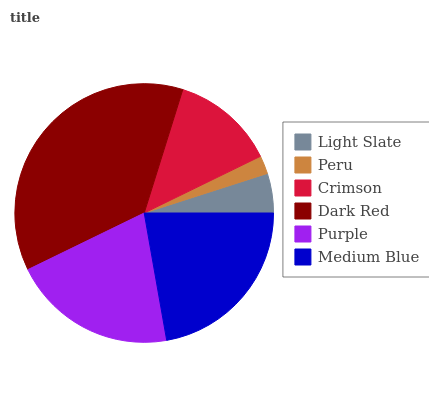
| Light Slate | Peru | Crimson | Dark Red | Purple | Medium Blue |
 | --- | --- | --- | --- | --- | --- |
 | 4.93% | 2.27% | 12.9% | 37.1% | 20.5% | 22.3% |